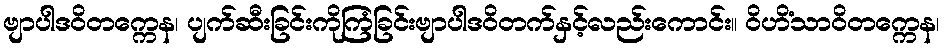
ဗျာပါဒဝိတက္ကေန၊ ပျက်ဆီးခြင်းကိုကြံခြင်းဗျာပါဒဝိတက်နှင့်လည်းကောင်း။ ဝိဟိံသာဝိတက္ကေန၊